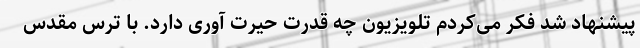
پیشنهاد شد فکر می‌کردم تلویزیون چه قدرت حیرت آوری دارد. با ترس مقدس